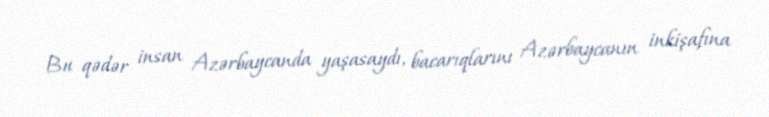
Bu qədər insan Azərbaycanda yaşasaydı, bacarıqlarını Azərbaycanın inkişafına